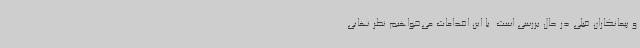
و پیمانکاران قبلی در حال بررسی است. با این اقدامات می‌خواهیم نظر نهایی